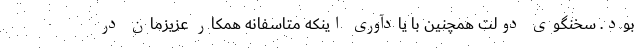
بود. سخنگوی دولت همچنین با یادآوری اینکه متاسفانه همکار عزیزمان در